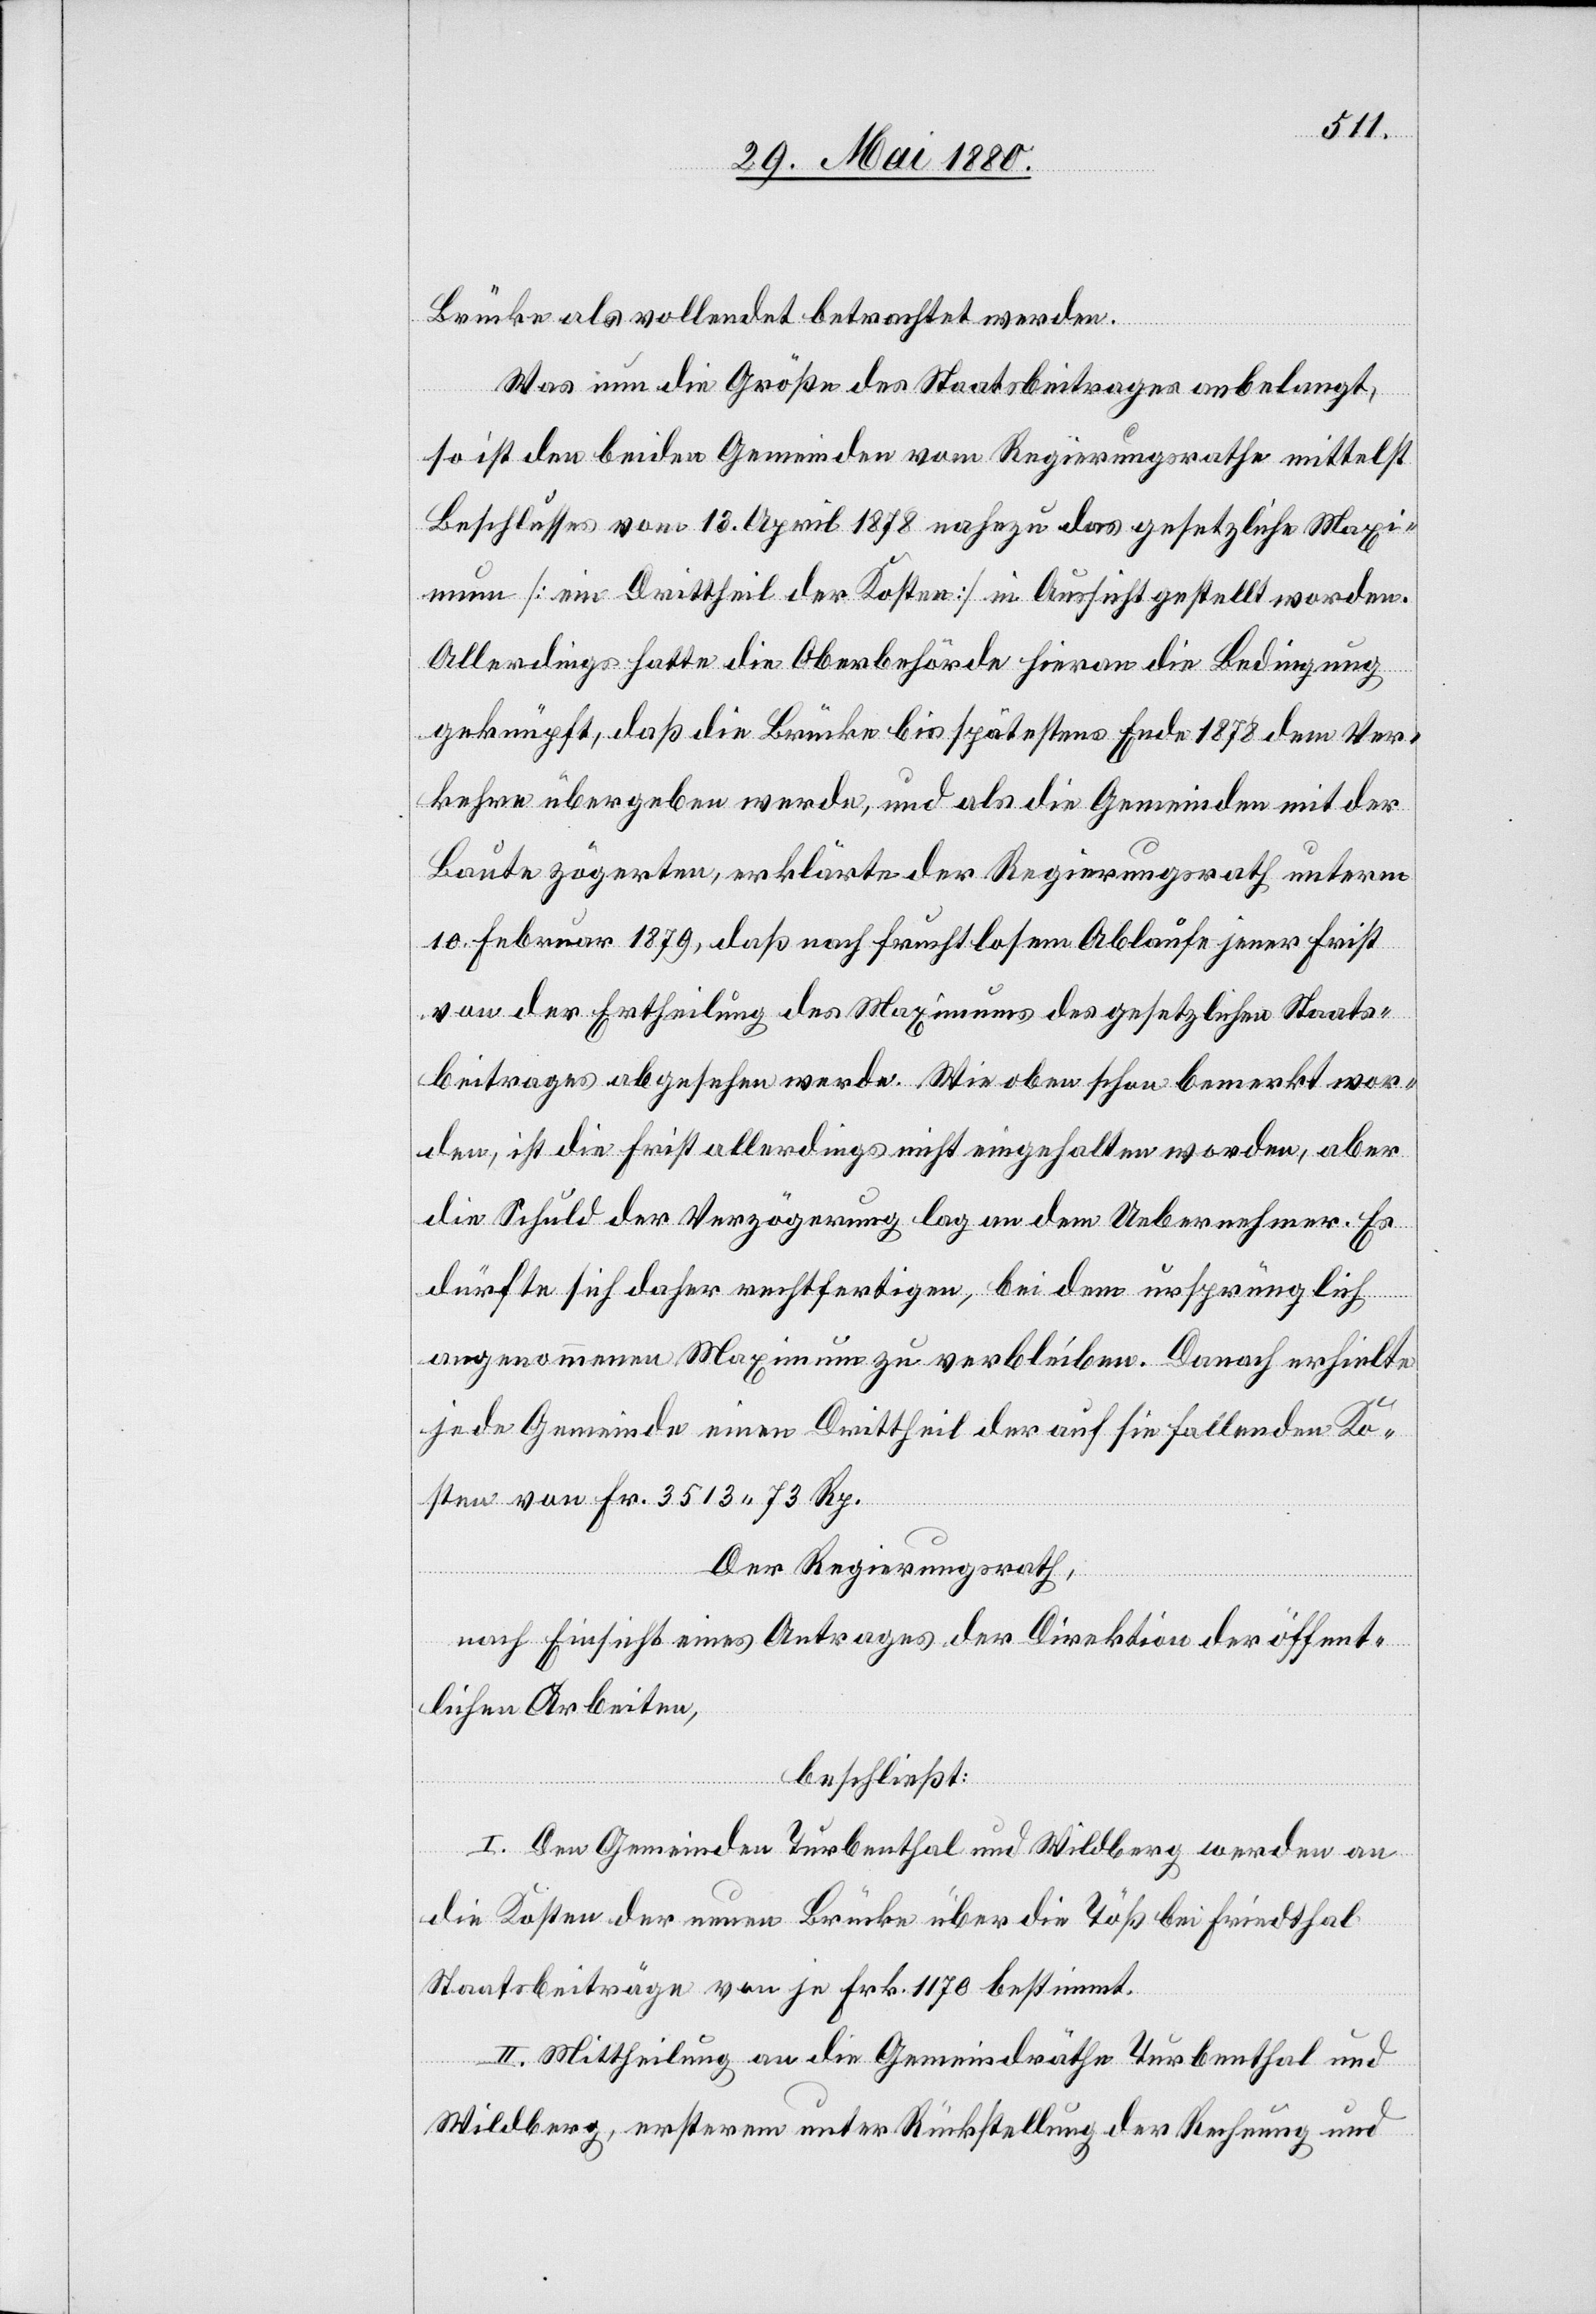
Brücke als vollendet betrachtet werden.
Was nun die Größe des Staatsbeitrages anbelangt,
so ist den beiden Gemeinden vom Regierungsrathe mittelst
Beschlusses vom 13. April 1878 nahezu das gesetzliche Maxi¬
mum [ein Drittheil der Kosten] in Aussicht gestellt worden.
Allerdings hatte die Oberbehörde hieran die Bedingung
geknüpft, daß die Brücke bis spätestens Ende 1878 dem Ver¬
kehre übergeben werde, und als die Gemeinden mit der
Baute zögerten, erklärte der Regierungsrath unterm
10. Februar 1879, daß nach fruchtlosem Ablaufe jener Frist
von der Ertheilung des Maximums des gesetzlichen Staats¬
beitrages abgesehen werde. Wie oben schon bemerkt wor¬
den, ist die Frist allerdings nicht eingehalten worden, aber
die Schuld der Verzögerung lag an dem Uebernehmer. Es
dürfte sich daher rechtfertigen, bei dem ursprünglich
angenommenen Maximum zu verbleiben. Danach erhielte
jede Gemeinde einen Drittheil der auf sie fallenden Ko¬
sten von Fr. 3513. 73 Rp.
Der Regierungsrath,
nach Einsicht eines Antrages der Direktion der öffent¬
lichen Arbeiten,
beschließt:
I. Den Gemeinden Turbenthal und Wildberg werden an
die Kosten der neuen Brücke über die Töß bei Friedthal
Staatsbeiträge von je Frk. 1170 bestimmt.
II. Mittheilung an die Gemeindräthe Turbenthal und
Wildberg, ersterem unter Rückstellung der Rechnung und